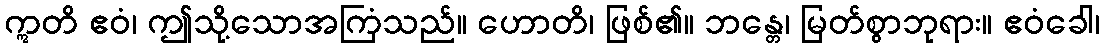
ဣတိ ဧဝံ၊ ဤသို့သောအကြံသည်။ ဟောတိ၊ ဖြစ်၏။ ဘန္တေ၊ မြတ်စွာဘုရား။ ဧဝံခေါ၊